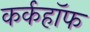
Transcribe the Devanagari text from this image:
कर्कहॉफ